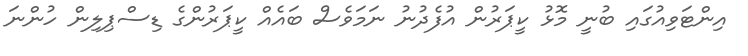
އިންޓަވިއުގައި ބުނީ މޮޅު ކީޕަރުން އުފެދުނު ނަމަވެސް ބައެއް ކީޕަރުންގެ ޑިސްޕިލިން ހުންނަ